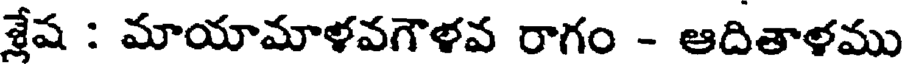
శేష : మాయామాళవగౌళవ రాగం - ఆదితాళము